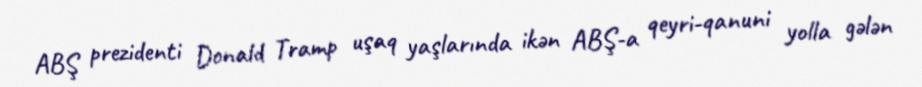
ABŞ prezidenti Donald Tramp uşaq yaşlarında ikən ABŞ-a qeyri-qanuni yolla gələn